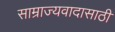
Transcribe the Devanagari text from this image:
साम्राज्यवादासाठी